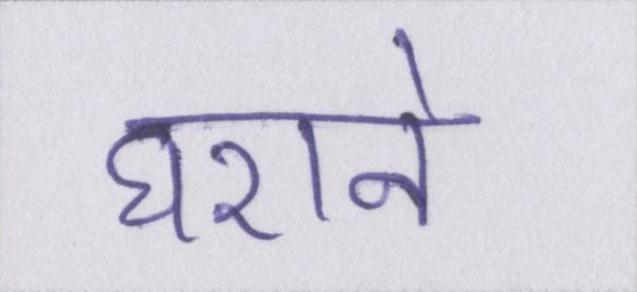
घराने